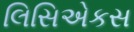
લિસિએકસ